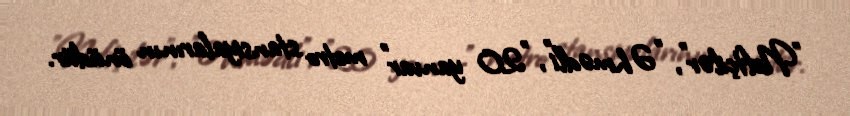
"Neftçilər", "Əhmədli", "20 yanvar" metro stansiyalarının önüdür.